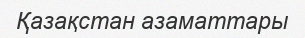
Қазақстан азаматтары